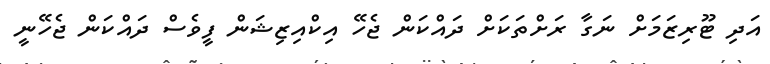
އަދި ޓޫރިޒަމަށް ނަގާ ރަށްތަކަށް ދައްކަން ޖެހޭ އިކްއިޒިޝަން ފީވެސް ދައްކަން ޖެހޭނީ